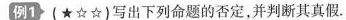
例1(★☆☆)写出下列命题的否定，并判断其真假.